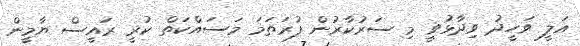
އަލީ ވަހީދު ވިދާޅުވީ މި ސަރުކާރުން ފުރަތަމަ މަސައްކަތް ކުރީ ރައީސް ޔާމީން